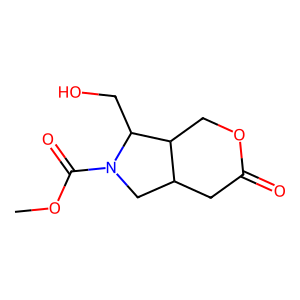
SMILES: COC(=O)N1CC2CC(=O)OCC2C1CO
Inhibits HIV replication: No